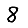
Digit: 8